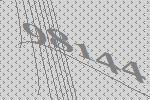
98144